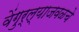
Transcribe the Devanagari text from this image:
वेंगुर्ल्याजवळचे